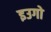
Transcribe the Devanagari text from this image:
इउगो